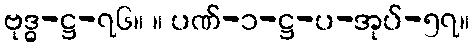
ဗုဒ္ဓ-ဋ္ဌ-၇၆။ ။ ပဏ်-၁-ဋ္ဌ-ပ-အုပ်-၅၇။